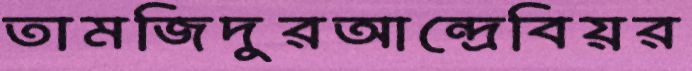
তামজিদুরআন্দ্রেবিয়র